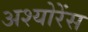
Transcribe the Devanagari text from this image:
अश्योरेंस